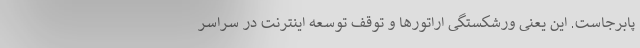
پابرجاست. این یعنی ورشکستگی اراتورها و توقف توسعه اینترنت در سراسر